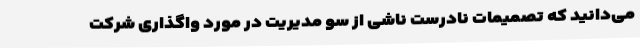
می‌دانید که تصمیمات نادرست ناشی از سو مدیریت در مورد واگذاری شرکت